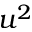
u ^ { 2 }